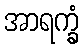
အာရက္ခံ